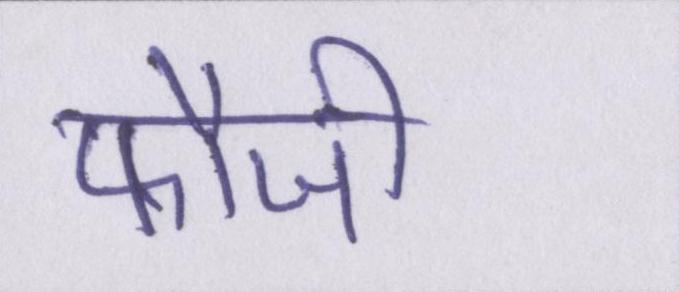
फौजी